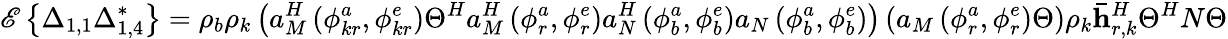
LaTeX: \mathscr{E}\left\{ \Delta_{1,1}\Delta_{1,4}^{*}\right\} =\rho_{b}\rho_{k}\left(a_{M}^{H}\left(\phi_{kr}^{a},\phi_{kr}^{e}\right)\Theta^{H}a_{M}^{H}\left(\phi_{r}^{a},\phi_{r}^{e}\right)a_{N}^{H}\left(\phi_{b}^{a},\phi_{b}^{e}\right)a_{N}\left(\phi_{b}^{a},\phi_{b}^{e}\right)\right)\left(a_{M}\left(\phi_{r}^{a},\phi_{r}^{e}\right)\Theta\right)\rho_{k}\mathbf{\bar{h}}_{r,k}^{H}\Theta^{H}N\Theta